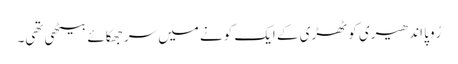
رُوپا اندھیری کوٹھڑی کے ایک کونے میں سر جھکائے بیٹھی تھی۔